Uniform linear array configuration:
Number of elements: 12
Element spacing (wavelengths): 1
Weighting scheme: blackman
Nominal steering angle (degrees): -30
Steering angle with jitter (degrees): -30.167
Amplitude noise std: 0.05
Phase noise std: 0.05

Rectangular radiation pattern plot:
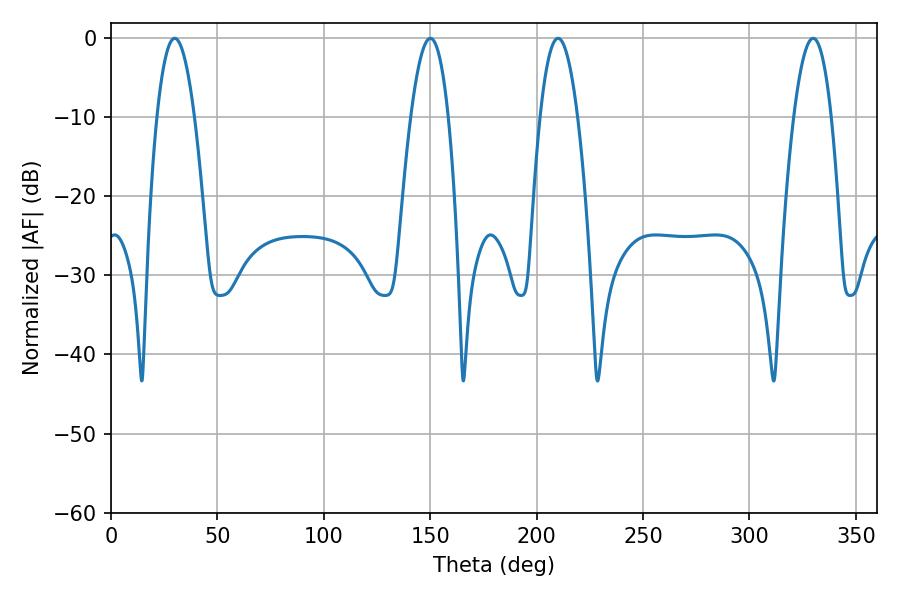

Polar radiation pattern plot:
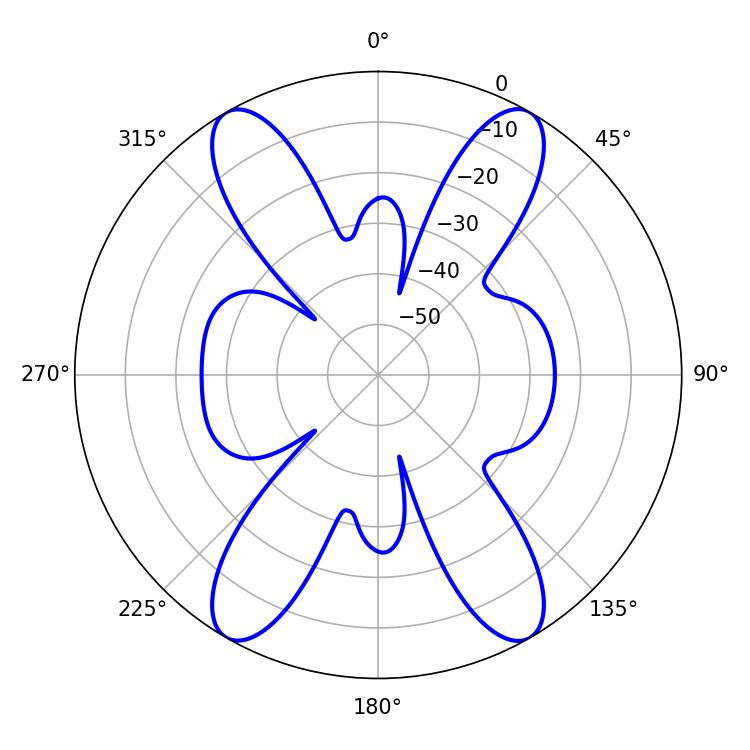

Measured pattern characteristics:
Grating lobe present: TRUE
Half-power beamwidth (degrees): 9.72
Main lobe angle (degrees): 210.06